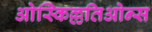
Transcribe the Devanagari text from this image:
ओस्किल्लतिओन्स